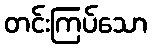
တင်းကြပ်သော